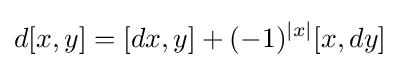
d[x,y]=[dx,y]+(-1)^{|x|}[x,dy]